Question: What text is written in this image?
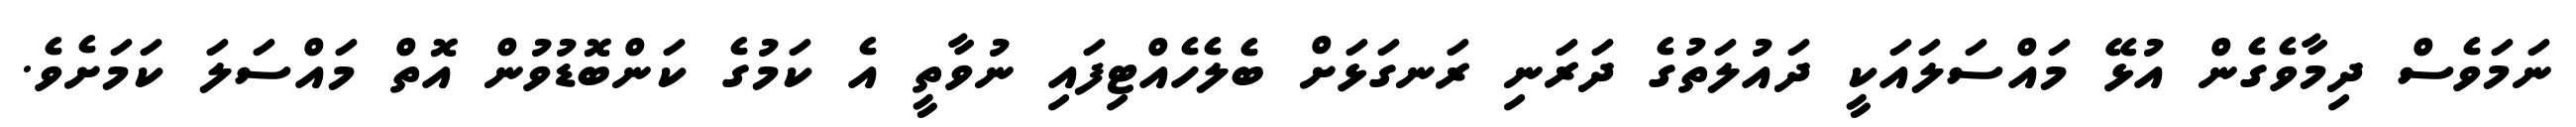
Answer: ނަމަވެސް ދިމާވެގެން އުޅޭ މައްސަލައަކީ ދައުލަތުގެ ދަރަނި ރަނގަޅަށް ބެލެހެއްޓިފައި ނުވާތީ އެ ކަމުގެ ކަންބޮޑުވުން އޮތް މައްސަލަ ކަމަށެވެ.